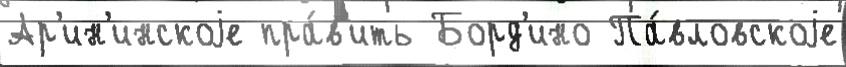
Ар'ин'инскоjе пра́в'ить Борд'ино Па́вловскоjе